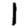
Digit: 1